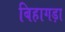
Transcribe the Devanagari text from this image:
बिहागड़ा